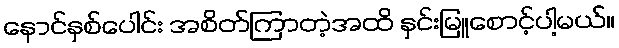
နောင်နှစ်ပေါင်း အစိတ်ကြာတဲ့အထိ နှင်းမြူစောင့်ပါ့မယ်။